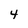
Character: 4